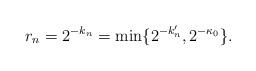
LaTeX: \begin{align*}r_n = 2^{-k_n}= \min\{2^{-k_n'}, 2^{-\kappa_0} \}.\end{align*}